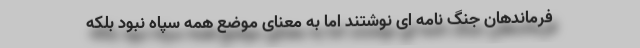
فرماندهان جنگ نامه ای نوشتند اما به معنای موضع همه سپاه نبود بلکه